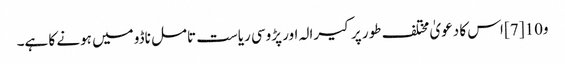
و10 [7] اس کا دعویٰ مختلف طور پر کیرالہ اور پڑوسی ریاست تامل ناڈو میں ہونے کا ہے۔